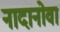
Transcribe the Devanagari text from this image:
नादानोवा